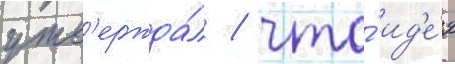
утв'ержда́л / что́ ид'е́я